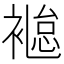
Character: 𧜐